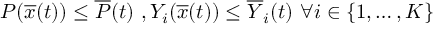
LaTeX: P ( { \overline { { x } } } ( t ) ) \leq { \overline { { P } } } ( t ) { \mathrm { ~ } } , { \mathrm { } } Y _ { i } ( { \overline { { x } } } ( t ) ) \leq { \overline { { Y } } } _ { i } ( t ) { \mathrm { ~ } } \forall i \in \{ 1 , \ldots , K \}